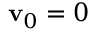
\mathbf { v } _ { 0 } = 0